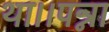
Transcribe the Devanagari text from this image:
था।।पन्ना